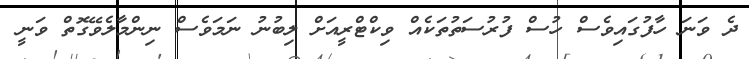
ދެ ވަނަ ހާފުގައިވެސް ހުސް ފުރުސަތުތަކެއް ވިކްޓްރީއަށް ލިބުނު ނަމަވެސް ނިންމާލެވޭގޮތް ވަނީ